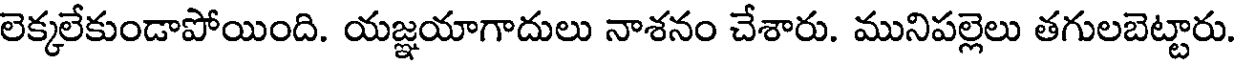
లెక్కలేకుండాపోయింది. యజ్ఞయాగాదులు నాశనం చేశారు. మునిపల్లెలు తగులబెట్టారు.